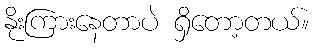
နိုးကြားနေတာပဲ ရှိတော့တယ်။